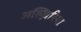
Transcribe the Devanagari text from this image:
अल्ज़िरिया